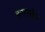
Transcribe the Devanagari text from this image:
रूनस्केप